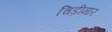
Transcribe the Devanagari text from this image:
चिड़ीमार